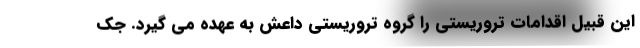
این قبیل اقدامات تروریستی را گروه تروریستی داعش به عهده می گیرد. جک